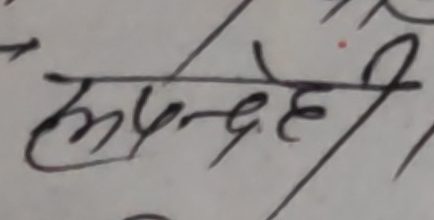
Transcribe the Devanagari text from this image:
कुमन्देही